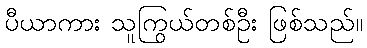
ပီယာကား သူကြွယ်တစ်ဦး ဖြစ်သည်။